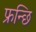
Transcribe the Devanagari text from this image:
फ्रन्छि